Insane asylums in Bengal annual reports 1876-1887 - 1876-1887
Year: 1876
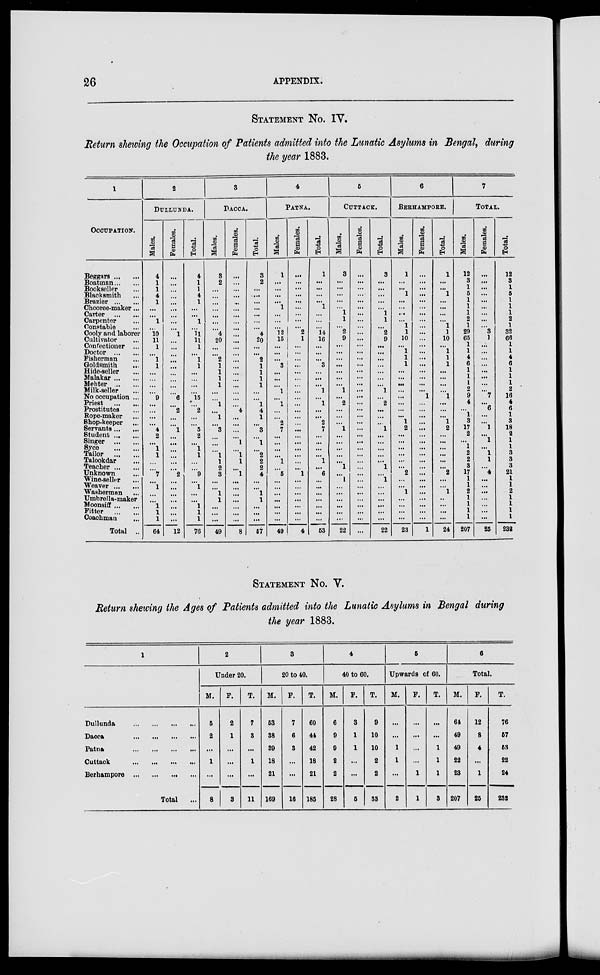
26
APPENDIX.
STATEMENT No. IV.
Return showing the Occupation of Patients admitted into the Lunatic Asylums in Bengal, during
the year 1883.
1
OCCUPATION.
Beggars ... ...
Boatman ... ...
Bookseller ...
Blacksmith ...
Brazier ... ...
Chooree-maker...
Carter
...
...
Carpenter ...
Constable ...
Cooly and laborer
Cultivator ...
Confectioner ...
Doctor
...
...
Fisherman ...
Goldsmith ...
Hide-seller ...
Malakar ... ...
Mehter ... ...
Milk-seller ...
No occupation ...
Priest
...
...
Prostitutes ...
Rope-maker ...
Shop-keeper ...
Servants ... ...
Student ... ...
Singer
...
...
Syce
...
...
Tailor
...
...
Talookdar ...
Teacher ...
Unknown ...
Wine-seller ...
Weaver ... ...
Washerman ...
Umbrella-maker
Moonsiff ... ...
Fitter ... ...
Coachman
...
Total ..
2
DULLUNDA.
Males.
4
1
1
4
1
...
...
1
...
10
11
1
...
1
1
...
...
...
...
9
...
...
...
...
4
2
...
1
1
...
...
7
...
1
...
...
1
1
1
64
Females.
...
...
...
...
...
...
...
...
...
1
...
...
...
...
...
...
...
...
...
6
...
2
...
...
1
...
...
...
...
...
...
2
...
...
...
...
...
...
...
12
Total.
4
1
1
4
1
...
...
1
...
11
11
1
...
1
1
...
...
...
...
15
...
2
...
...
5
2
...
1
1
...
...
9
...
1
...
...
1
1
1
76
3
DACCA.
Males.
3
2
...
...
...
...
...
...
...
4
20
...
...
2
1
1
1
1
...
...
1
...
1
...
3
...
...
...
1
1
2
3
...
...
1
1
...
...
...
49
Females.
...
...
...
...
...
...
...
...
...
...
...
...
...
...
...
...
...
...
...
...
...
4
...
...
...
...
1
...
1
1
...
1
...
...
...
...
...
...
...
8
Total.
3
2
...
...
...
...
...
...
...
4
20
...
...
2
1
1
1
1
...
...
1
4
1
...
3
...
1
...
2
2
2
4
...
...
1
1
...
...
...
57
4
PATNA.
Males.
1
...
...
...
...
1
...
...
...
12
15
...
...
...
3
...
...
...
1
...
1
...
...
2
7
...
...
...
...
1
...
5
...
...
...
...
...
...
...
49
Females.
...
...
...
...
...
...
...
...
...
2
1
...
...
...
...
...
...
...
...
...
...
...
...
...
...
...
...
...
...
...
...
1
...
...
...
...
...
...
...
4
Total.
1
...
...
...
...
1
...
...
...
14
16
...
...
...
3
...
...
...
1
...
1
...
...
2
7
...
...
...
...
1
...
6
...
...
...
...
...
...
...
53
5
CUTTACK.
Males.
3
...
...
...
...
...
1
1
...
2
9
...
...
...
...
...
...
...
1
...
2
...
...
...
1
...
...
...
...
...
1
...
1
...
...
...
...
...
...
22
Females.
...
...
...
...
...
...
...
...
...
...
...
...
...
...
...
...
...
...
...
...
...
...
...
...
...
...
...
...
...
...
...
...
...
...
...
...
...
...
...
...
Total.
3
...
...
...
...
...
1
1
...
2
9
...
...
...
...
...
...
...
1
...
2
...
...
...
1
...
...
...
...
...
1
...
1
...
...
...
...
...
...
22
6
BERHAMPORE.
Males.
1
...
...
1
...
...
...
...
1
1
10
...
1
1
1
...
...
...
...
...
...
...
...
1
2
...
...
...
...
...
...
2
...
...
1
...
...
...
...
23
Females.
...
...
...
...
...
...
...
...
...
...
...
...
...
...
...
...
...
...
...
1
...
...
...
...
...
...
...
...
...
...
...
...
...
...
...
...
...
...
...
1
Total.
1
...
...
1
...
...
...
...
1
1
10
...
1
1
1
...
...
...
...
1
...
...
...
1
2
...
...
...
...
...
...
2
...
...
1
...
...
...
...
24
7
TOTAL.
Males.
12
3
1
5
1
1
1
2
1
29
65
1
1
4
6
1
1
1
2
9
4
...
1
3
17
2
...
1
2
2
3
17
1
1
2
1
1
1
1
207
Females.
...
...
...
...
...
...
...
...
...
3
1
...
...
...
...
...
...
...
...
7
...
6
...
...
1
...
1
...
1
1
...
4
...
...
...
...
...
...
...
25
Total.
12
3
1
5
1
1
1
2
1
32
66
1
1
4
6
1
1
1
2
16
4
6
1
3
18
2
1
1
3
3
3
21
1
1
2
1
1
1
1
232
STATEMENT No. V.
Return showing the Ages of Patients admitted into the Lunatic Asylums in Bengal during
the year 1883.
1
Dullunda
...
...
...
...
Dacca
...
...
...
...
Patna
...
...
...
...
Cuttack
... ... ... ...
Berhampore
...
...
...
...
Total ...
2
Under 20.
M.
F.
5
2
...
1
...
8
2
1
...
...
...
3
T.
7
3
...
1
...
11
3
20 to 40.
M.
53
38
39
18
21
169
F.
7
6
3
...
...
16
T.
60
44
42
18
21
185
4
40 to 60.
M.
6
9
9
2
2
28
F.
3
1
1
...
...
5
T.
9
10
10
2
2
33
5
Upwards of 60.
M.
...
...
1
1
...
2
F.
...
...
...
...
1
1
T.
...
...
1
1
1
3
6
Total.
M.
61
49
49
22
23
207
F.
12
8
4
...
1
25
T.
76
57
53
22
24
232